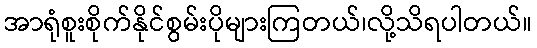
အာရုံစူးစိုက်နိုင်စွမ်းပိုများကြတယ်၊လို့သိရပါတယ်။